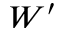
W ^ { \prime }